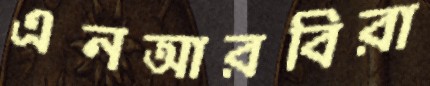
এনআরবিরা